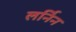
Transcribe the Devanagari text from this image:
लर्निन